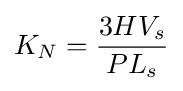
K_{N}={\frac {3HV_{s}}{PL_{s}}}